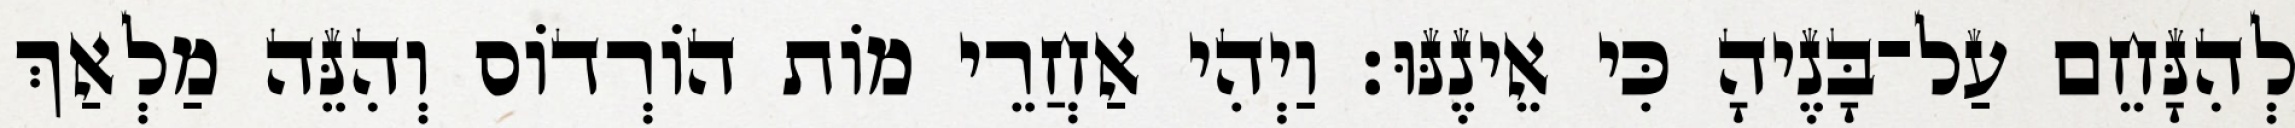
לְהִנָּחֵם עַל־בָּנֶיהָ כִּי אֵינֶנּוּ׃ וַיְהִי אַחֲרֵי מוֹת הוֹרְדוֹס וְהִנֵּה מַלְאַךְ